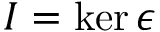
I = \ker \epsilon